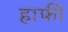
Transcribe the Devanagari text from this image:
हाफी